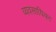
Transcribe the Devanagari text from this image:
व्यवसायिका